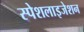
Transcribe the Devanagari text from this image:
स्पेशलाइजेशन